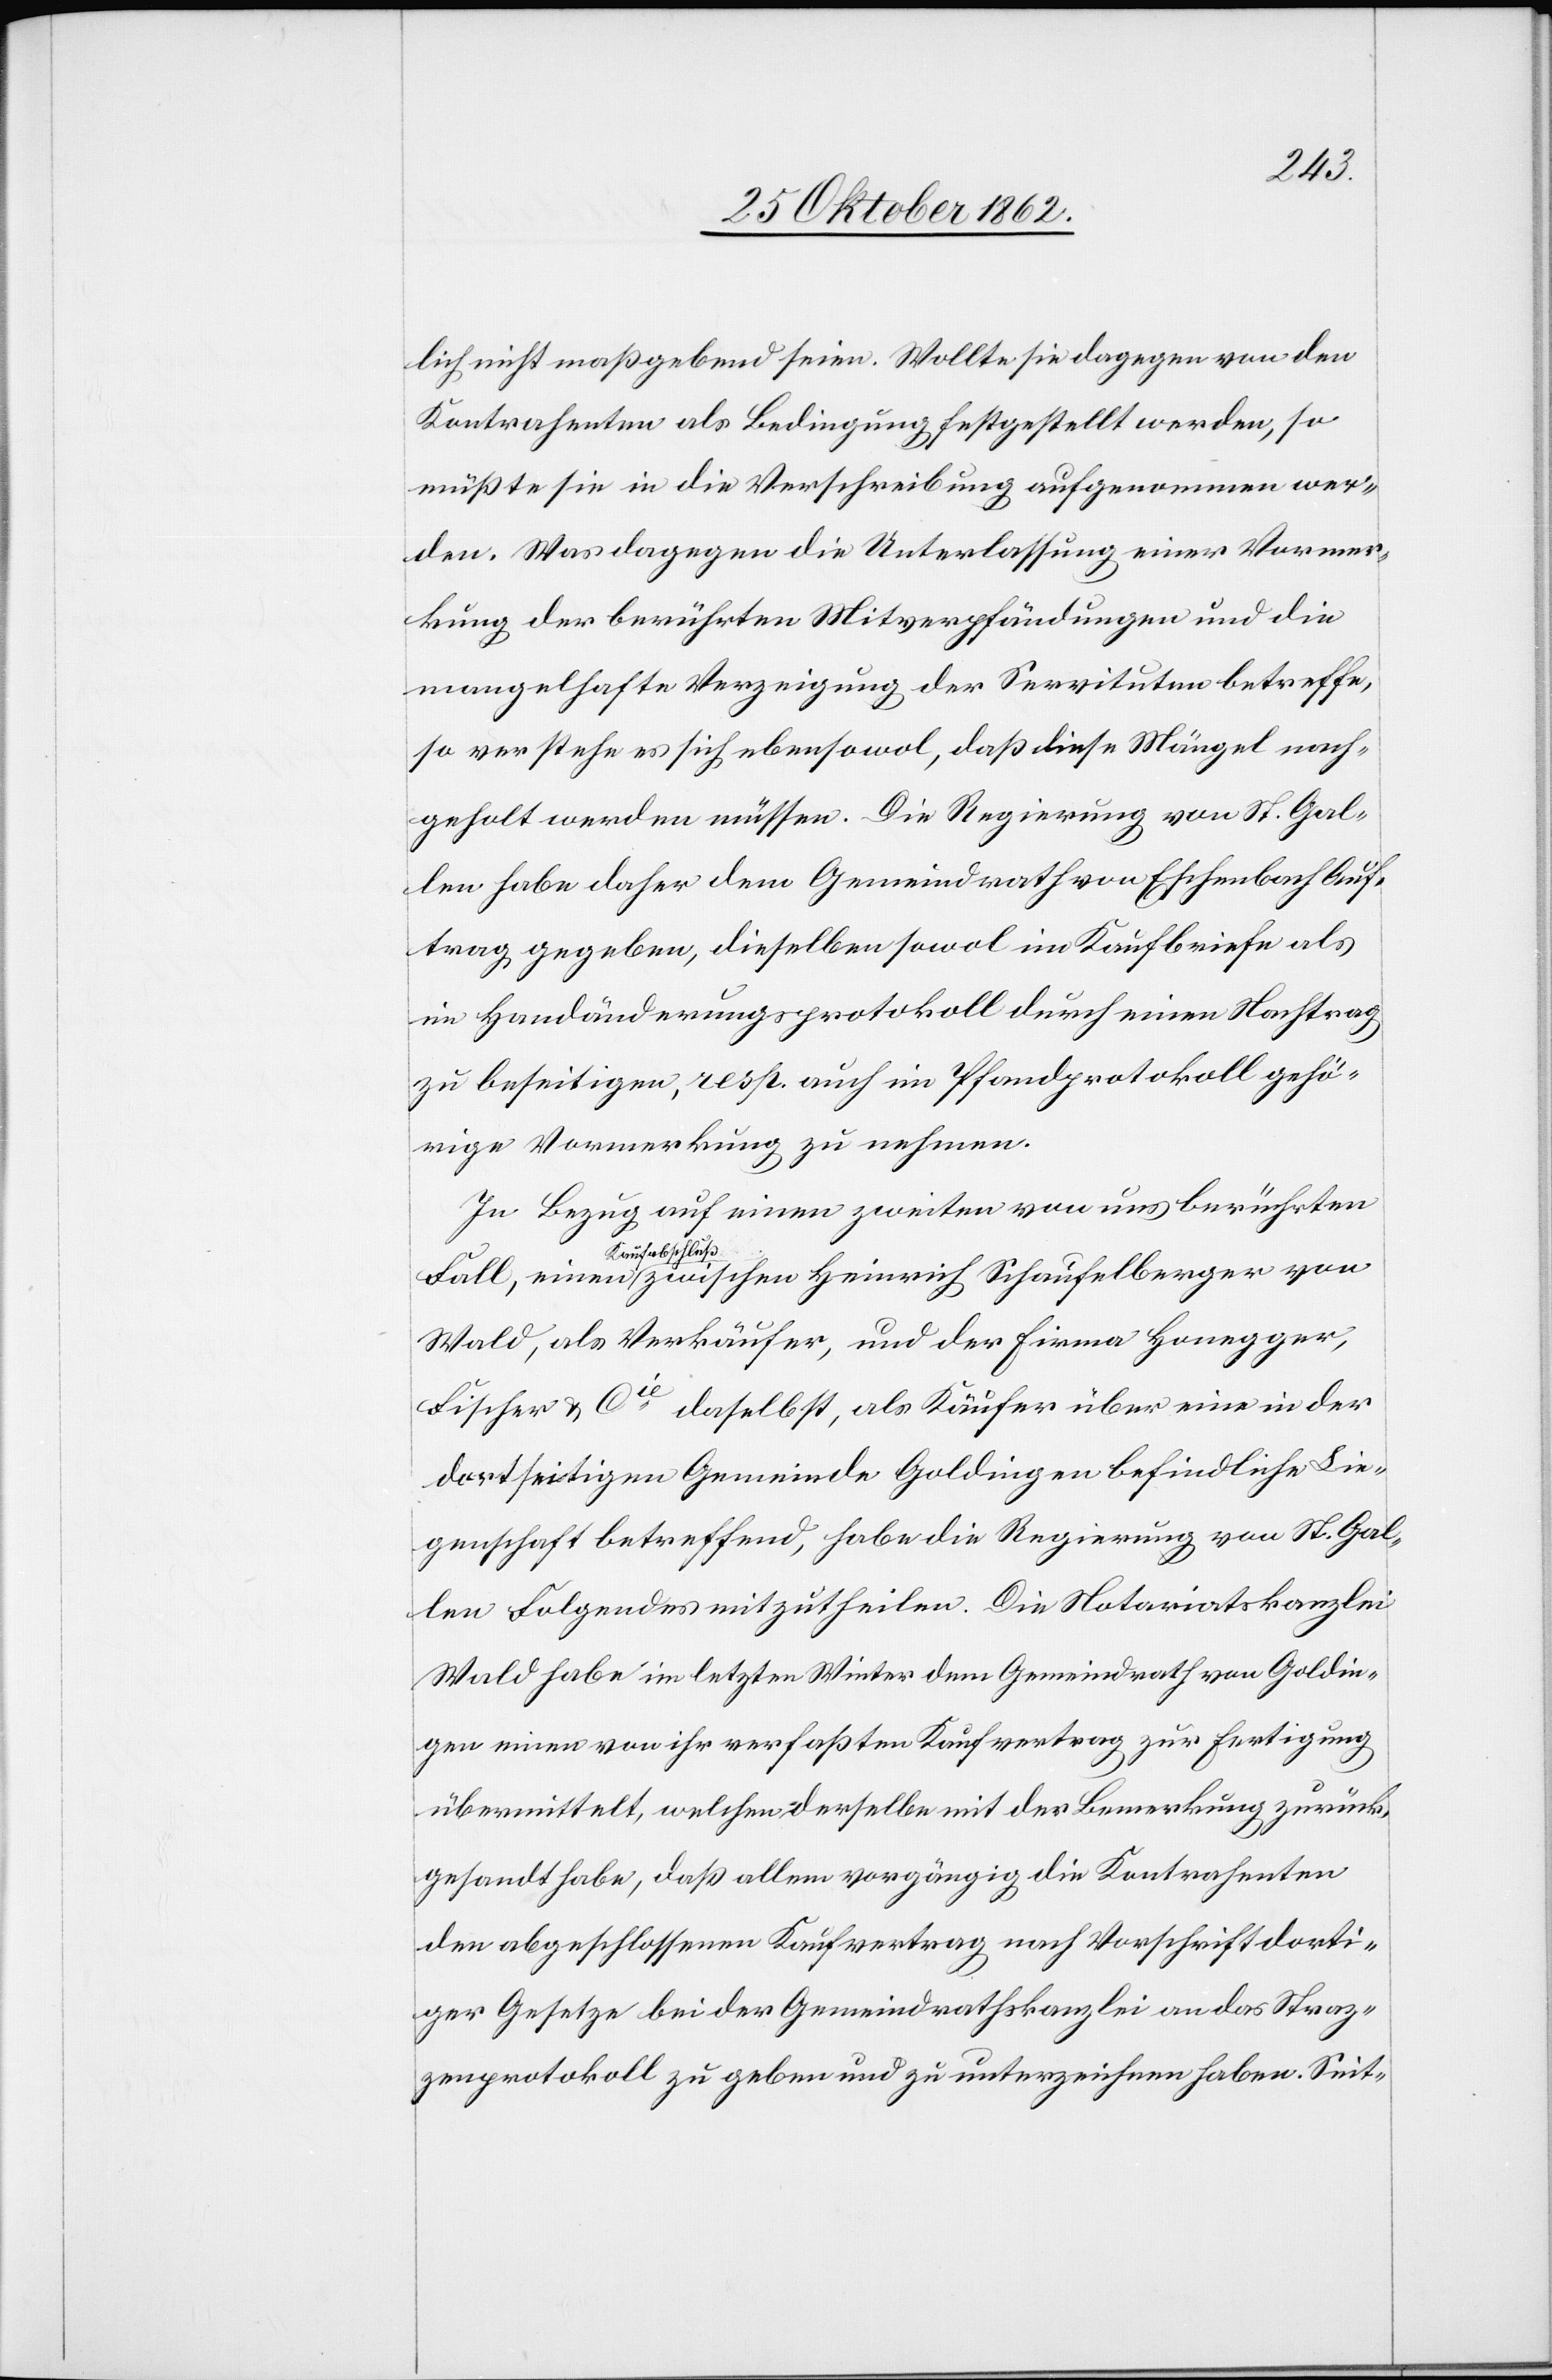
lich nicht maßgebend seien. Wollte sie dagegen von den
Kontrahenten als Bedingung festgestellt werden, so
müßte sie in die Verschreibung aufgenommen wer¬
den. Was dagegen die Unterlassung einer Vormer¬
kung der berührten Mitverpfändungen und die
mangelhafte Verzeigung der Servituten betreffe,
so verstehe es sich ebensowol, daß diese Mängel nach¬
geholt werde müssen. Die Regierung von St. Gal¬
len habe daher dem Gemeindrath von Eschenbach Auf¬
trag gegeben, dieselben sowol im Kaufbriefe als
im Handänderungsprotokoll durch einen Nachtrag
zu beseitigen, resp. auch im Pfandprotokoll gehö¬
rige Vormerkung zu nehmen.
In Bezug auf einen zweiten von uns berührten
Kaufabschluß
Wald, als Verkäufer, und der Firma Honegger,
Fischer u. Cie daselbst, als Käufer über eine in der
dortseitigen Gemeinde Goldingen befindliche Lie¬
genschaft betreffend, habe die Regierung von St. Gal¬
len Folgendes mitzutheilen. Die Notariatskanzlei
Wald habe im letzten Winter dem Gemeindrath von Goldin¬
gen einen von ihr verfaßten Kaufvertrag zur Fertigung
übermittelt, welchen derselbe mit der Bemerkung zurück¬
gesandt habe, daß allem vorgängig die Kontrahenten
den abgeschlossenen Kaufvertrag nach Vorschrift dorti¬
ger Gesetze bei der Gemeindrathskanzlei an das Straz¬
zenprotokoll zu geben und zu unterzeichnen haben. Seit-